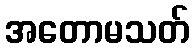
အတောမသတ်